Vaccination in Bombay 1874-1876 - 1874-1876
Year: 1874
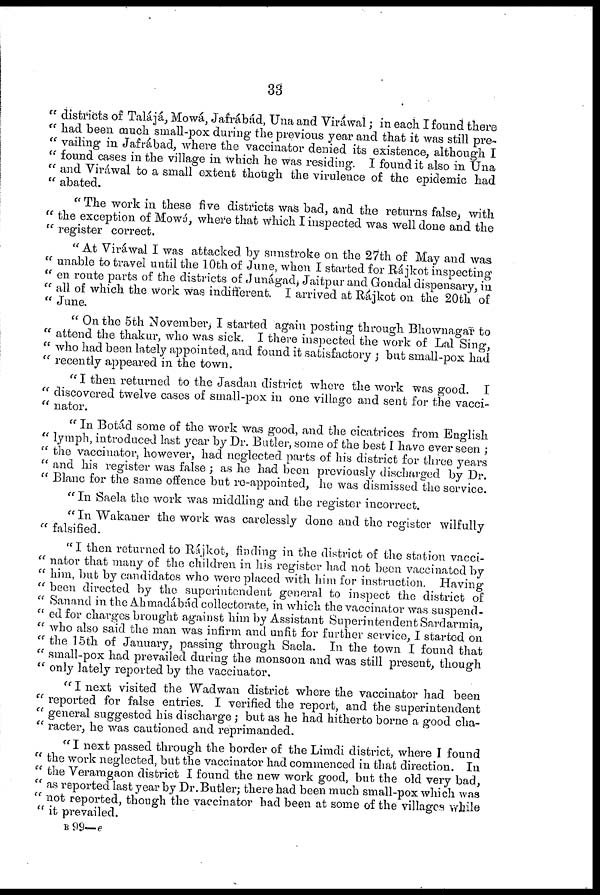
33
" districts of Talájá, Mowá, Jafrábád, Una and Viráwal; in each I found there
" had been much small-pox during the previous year and that it was still pre¬
" vailing in Jafrábad, where the vaccinator denied its existence, although I
" found cases in the village in which he was residing. I found it also in Una
" and Viráwal to a small extent though the virulence of the epidemic had
" abated.
" The work in these five districts was bad, and the returns false, with
" the exception of Mowá, where that which I inspected was well done and the
" register correct.
"At Viráwal I was attacked by sunstroke on the 27th of May and was
" unable to travel until the 10th of June, when I started for Rájkot inspecting
" en route parts of the districts of Junágad, Jaitpur and Gondal dispensary, in
" all of which the work was indifferent. I arrived at Rájkot on the 20th of
" June.
" On the 5th November, I started again posting through Bhownagar to
" attend the thakur, who was sick. I there inspected the work of Lal Sing,
" who had been lately appointed, and found it satisfactory ; but small-pox had
" recently appeared in the town.
" I then returned to the Jasdan district where the work was good. I
" discovered twelye cases of small-pox in one village and sent for the vacci¬
" nator.
" In Botád some of the work was good, and the cicatrices from English
" lymph, introduced last year by Dr. Butler, some of the best I have ever seen ;
" the vaccinator, however, had neglected parts of his district for three years
" and his register was false ; as he had been previously discharged by Dr.
" Blanc for the same offence but re-appointed, he was dismissed the service.
" In Saela the work was middling and the register incorrect.
" In Wakaner the work was carelessly done and the register wilfully
" falsified.
"I then returned to Rájkot, finding in the district of the station vacci¬
" nator that many of the children in his register had not been vaccinated by
" him, but by candidates who were placed with him for instruction. Having
" been directed by the superintendent general to inspect the district of
" Sanand in the Ahmadábád collectorate, in which the vaccinator was suspend¬
" ed for charges brought against him by Assistant Superintendent Sardarmia,
" who also said the man was infirm and unfit for further service, I started on
" the 15th of January, passing through Saela. In the town I found that
" small-pox had prevailed during the monsoon and was still present, though
" only lately reported by the vaccinator.
" I next visited the Wadwan district where the vaccinator had been
" reported for false entries. I verified the report, and the superintendent
" general suggested his discharge ; but as he had hitherto borne a good cha¬
" racter, he was cautioned and reprimanded.
"I next passed through the border of the Limdi district, where I found
" the work neglected, but the vaccinator had commenced in that direction. In
" the Veramgaon district I found the new work good, but the old very bad,
" as reported last year by Dr. Butler; there had been much small-pox which was
" not reported, though the vaccinator had been at some of the villages while
" it prevailed.
B 99—